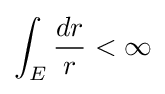
\int _{E}{\frac {dr}{r}}<\infty